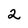
Character: 2